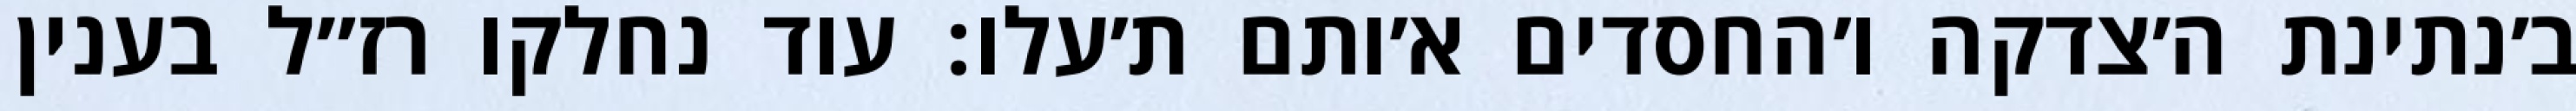
ב׳נתינת ה׳צדקה ו׳החסדים א׳ותם ת׳עלו: עוד נחלקו רז״ל בענין